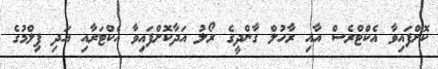
ކޮށްފައިވާ އެކްޓްރެސް އާއި ރާހުލް ގާންދީގެ ރޯލު އަދާކޮށްފައިވާ އެކްޓަރާއި އަދި ފިލްމުގެ